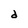
Character: d